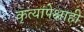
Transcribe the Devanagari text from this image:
कृत्यांपेक्षाही